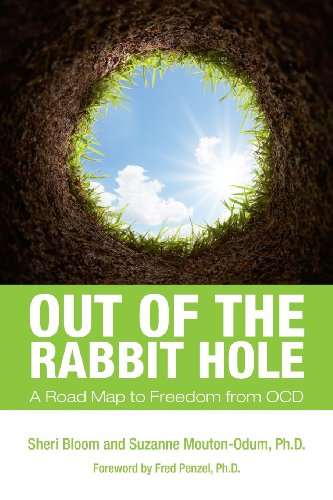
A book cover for Out of the Rabbit Hole: A Road Map to Freedom from OCD; Sheri Bloom; Health, Fitness & Dieting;